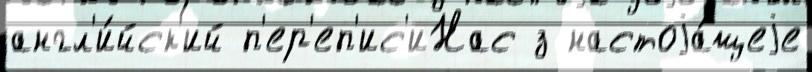
англ'и́йск'ий п'ер'еп'ис'иНас з настоjа́щеjе